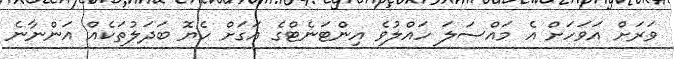
ވަރަށް އަވަހަށް އެ މައްސަލަ ހައްލުވެ އިންޓަނެޓްގެ އަގަށް ހެޔޮ ބަދަލުތަކެއް އަންނާނެ